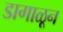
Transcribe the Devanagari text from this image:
डागाळून